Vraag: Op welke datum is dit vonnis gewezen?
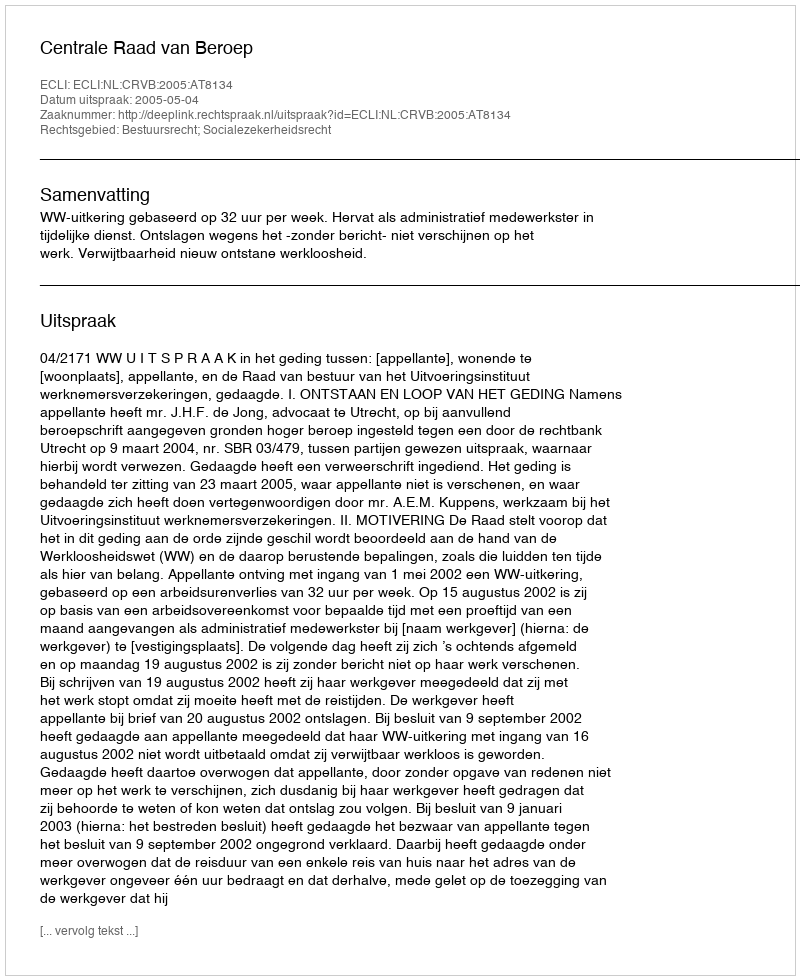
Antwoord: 2005-05-04